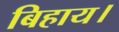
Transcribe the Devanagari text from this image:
बिहाय।